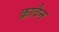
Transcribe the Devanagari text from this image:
क्रावैन